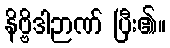
နိဗ္ဗိဒါဉာဏ် ပြီး၏။